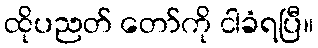
ထိုပညတ် တော်ကို ငါခံရပြီ။